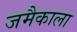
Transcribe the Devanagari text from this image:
जमैकाला